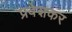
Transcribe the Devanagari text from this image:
प्रवेशकर